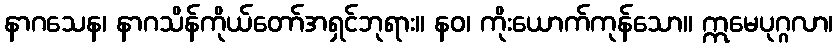
နာဂသေန၊ နာဂသိန်ကိုယ်တော်အရှင်ဘုရား။ နဝ၊ ကိုးယောက်ကုန်သော။ ဣမေပုဂ္ဂလာ၊